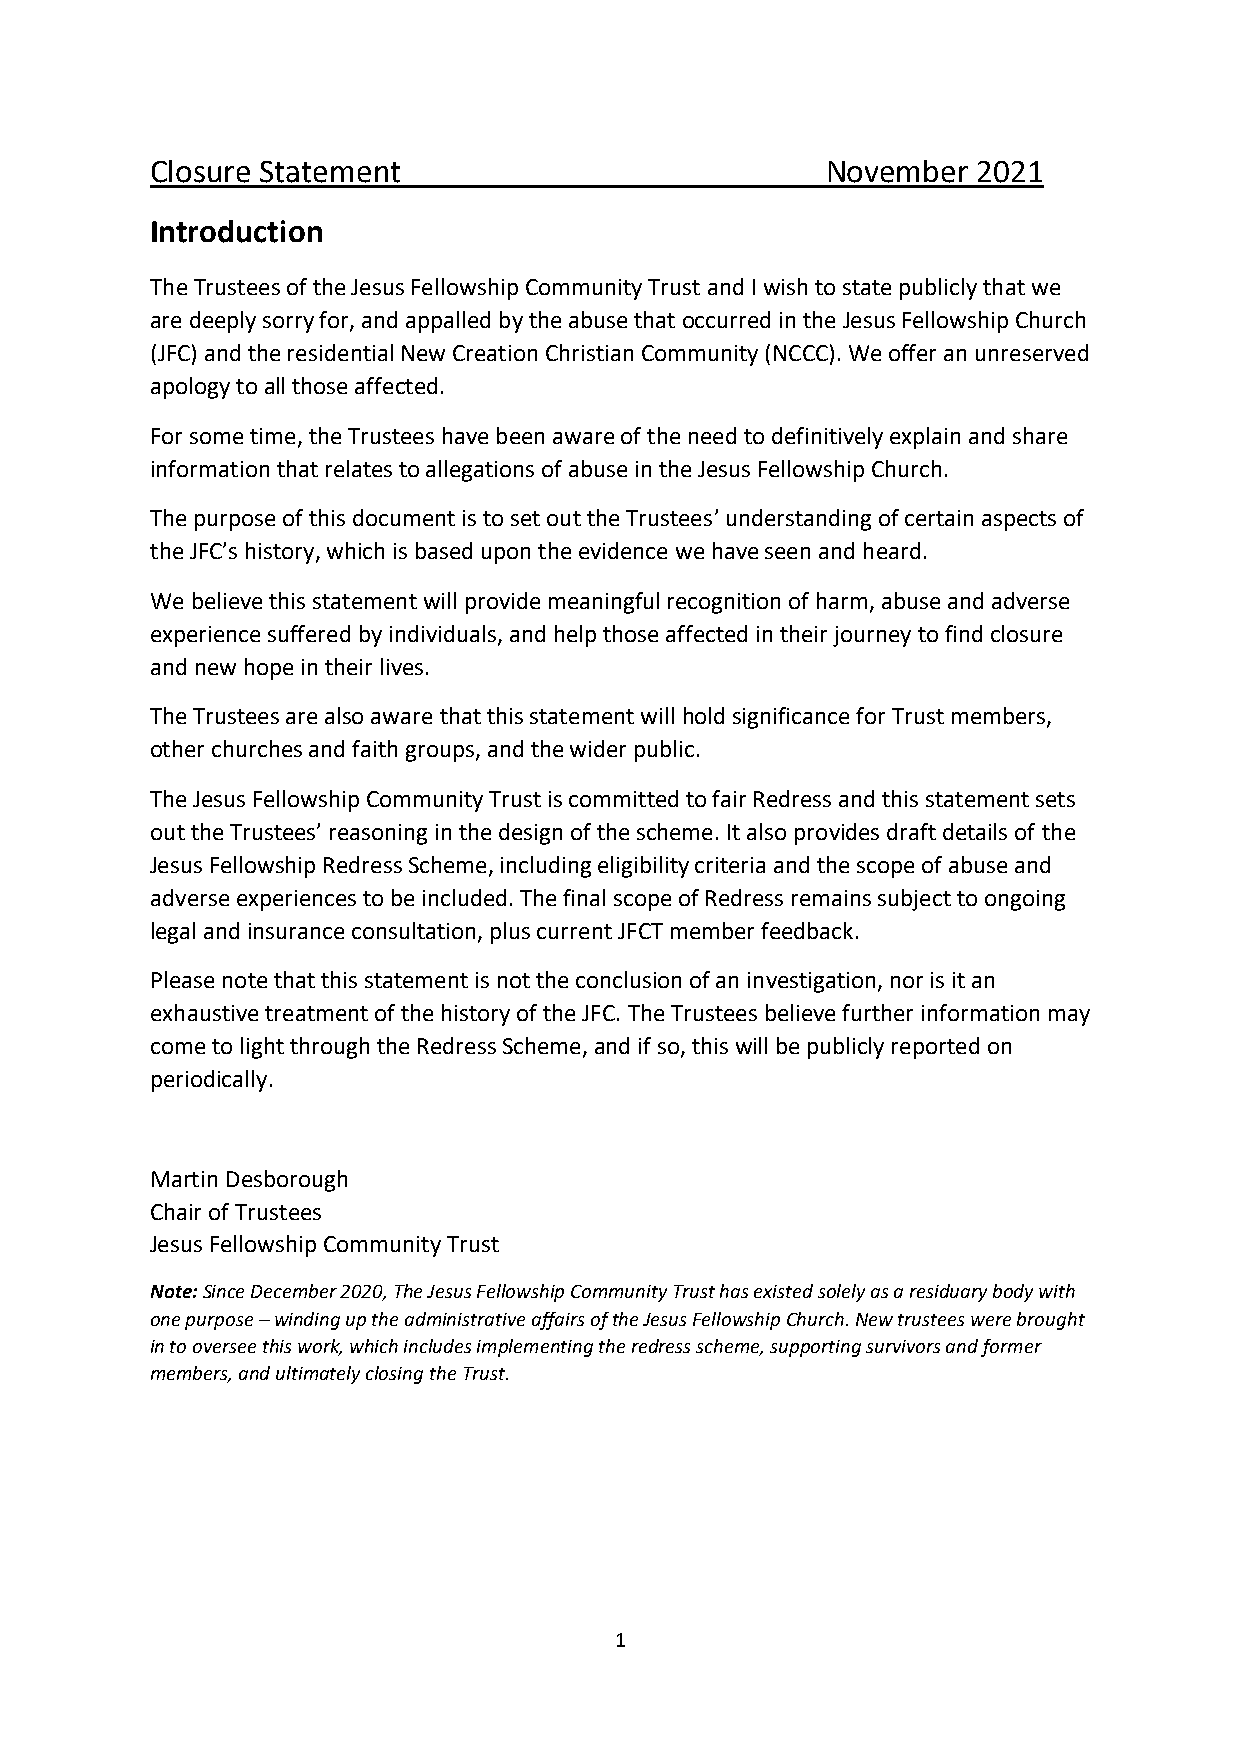
Closure Statement                            November  2021
 Introduction
 The Trustees of the Jesus Fellowship Community Trust and I wish to state publicly that we
 are deeply sorry for, and appalled by the abuse that occurred in the Jesus Fellowship Church
 (JFC) and the residential New Creation Christian Community (NCCC). We offer an unreserved
 apology to all those affected.
 For some time, the Trustees have been aware of the need to definitively explain and share
 information that relates to allegations of abuse in the Jesus Fellowship Church.
 The purpose of this document is to set out the Trustees’ understanding of certain aspects of
 the JFC’s history, which is based upon the evidence we have seen and heard.
 We believe this statement will provide meaningful recognition of harm, abuse and adverse
 experience suffered by individuals, and help those affected in their journey to find closure
 and new hope in their lives.
 The Trustees are also aware that this statement will hold significance for Trust members,
 other churches and faith groups, and the wider public.
 The Jesus Fellowship Community Trust is committed to fair Redress and this statement sets
 out the Trustees’ reasoning in the design of the scheme. It also provides draft details of the
 Jesus Fellowship Redress Scheme, including eligibility criteria and the scope of abuse and
 adverse experiences to be included. The final scope of Redress remains subject to ongoing
 legal and insurance consultation, plus current JFCT member feedback.
 Please note that this statement is not the conclusion of an investigation, nor is it an
 exhaustive treatment of the history of the JFC. The Trustees believe further information may
 come to light through the Redress Scheme, and if so, this will be publicly reported on
 periodically.
 Martin Desborough
 Chair of Trustees
 Jesus Fellowship Community Trust
 Note: Since December 2020, The Jesus Fellowship Community Trust has existed solely as a residuary body with
 one purpose – winding up the administrative affairs of the Jesus Fellowship Church. New trustees were brought
 in to oversee this work, which includes implementing the redress scheme, supporting survivors and former
 members, and ultimately closing the Trust.
 1